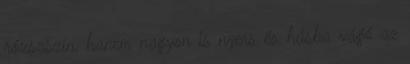
rózsaszín, hanem nagyon is nyers és húsba vágó az